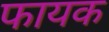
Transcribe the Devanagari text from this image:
फायक